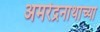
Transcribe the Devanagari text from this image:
अमरेंद्रनाथांच्या